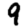
Digit: 9